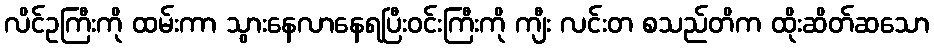
လိင်ဥကြီးကို ထမ်းကာ သွားနေလာနေရပြီးဝင်းကြီးကို ကျီး လင်းတ စသည်တိက ထိုးဆိတ်ဆသော